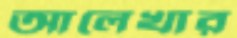
আলেখার